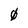
Character: 0